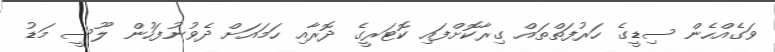
ވަގެއްހެން ސިޑީގެ ހަރުފަތްތައް ގިރާކޮށްފައި ކޮޓަރީގެ ދޮރާއި ހަމައަށް ދެވުނުފަހުން ލޫސީ މަޑު